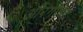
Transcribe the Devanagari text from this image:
औंरगजेब